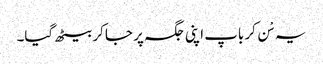
یہ سْن کر باپ اپنی جگہ پر جا کر بیٹھ گیا۔